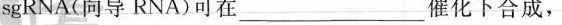
sgRNA(向导RNA)可在___催化下合成，